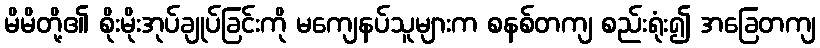
မိမိတို့၏ စိုးမိုးအုပ်ချုပ်ခြင်းကို မကျေနပ်သူများက စနစ်တကျ စည်းရုံး၍ အခြေတကျ